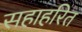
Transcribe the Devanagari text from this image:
सहाहरित